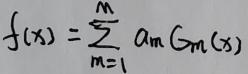
\[ f(x) = \sum_{m = 1}^{M} a_m G_m(x) \]